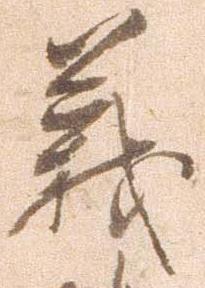
義